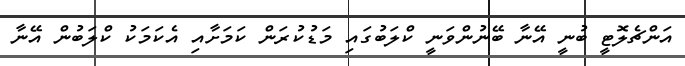
އަންޗެލޮޓީ ބުނީ އޭނާ ބޭނުންވަނީ ކްލަބުގައި މަޑުކުރަން ކަމަށާއި އެކަމަކު ކްލަބުން އޭނާ